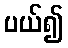
ပယ်၍